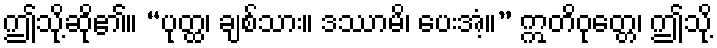
ဤသို့ဆို၏။ “ပုတ္ထ၊ ချစ်သား။ ဒဿာမိ၊ ပေးအံ့။” ဣတိဝုတ္တေ၊ ဤသို့